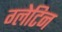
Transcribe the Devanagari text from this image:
ग्लेटिन